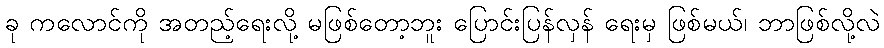
ခု ကလောင်ကို အတည့်ရေးလို့ မဖြစ်တော့ဘူး ပြောင်းပြန်လှန် ရေးမှ ဖြစ်မယ်၊ ဘာဖြစ်လို့လဲ